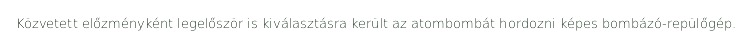
Közvetett előzményként legelőször is kiválasztásra került az atombombát hordozni képes bombázó-repülőgép.